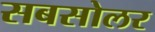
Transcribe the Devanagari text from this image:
सबसोलर